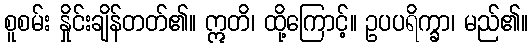
စူစမ်း နှိုင်းချိန်တတ်၏။ ဣတိ၊ ထို့ကြောင့်။ ဥပပရိက္ခာ၊ မည်၏။